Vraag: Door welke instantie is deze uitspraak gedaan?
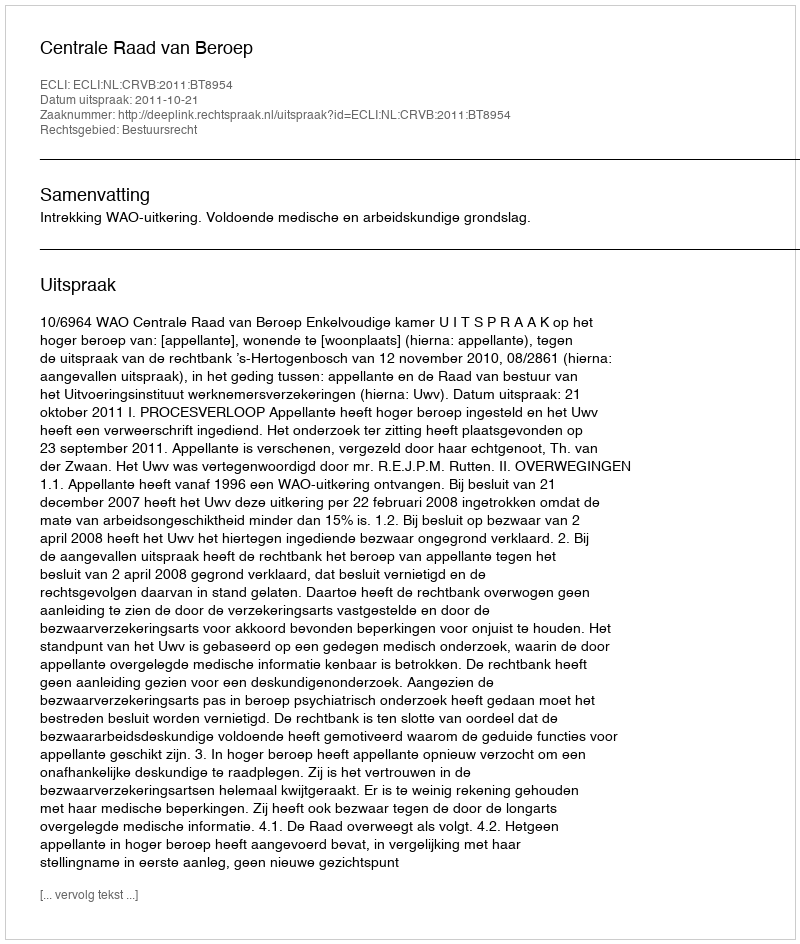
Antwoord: Centrale Raad van Beroep